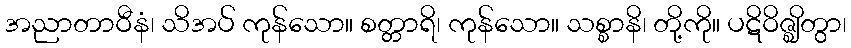
အညာတာဝီနံ၊ သိအပ် ကုန်သော။ စတ္တာရိ၊ ကုန်သော။ သစ္စာနိ၊ တို့ကို။ ပဋိဝိဇ္ဈိတွာ၊